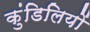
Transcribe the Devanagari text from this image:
कुंडिलियों